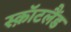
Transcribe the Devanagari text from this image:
स्क़ॉटलैंड